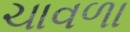
ચાવળા